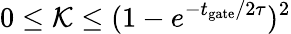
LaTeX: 0\leq\mathcal{K}\leq(1-e^{{-t_{\mathrm{{gate}}}}/{2\tau}})^{2}